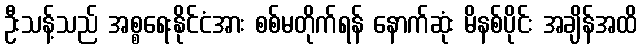
ဦးသန့်သည် အစ္စရေးနိုင်ငံအား စစ်မတိုက်ရန် နောက်ဆုံး မိနစ်ပိုင်း အချိန်အထိ